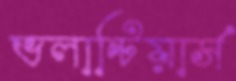
ভলান্টিয়ার্স